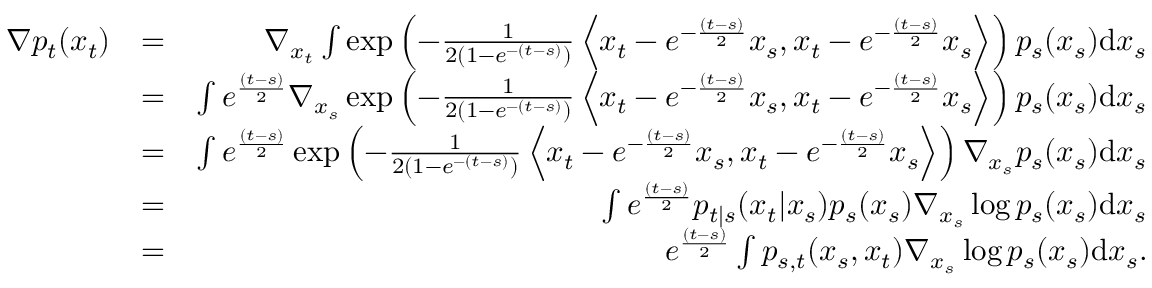
\begin{array} { r l r } { \nabla p _ { t } ( x _ { t } ) } & { = } & { \nabla _ { x _ { t } } \int \exp \left( - \frac { 1 } { 2 ( 1 - e ^ { - ( t - s ) } ) } \left\langle x _ { t } - e ^ { - \frac { ( t - s ) } { 2 } } x _ { s } , x _ { t } - e ^ { - \frac { ( t - s ) } { 2 } } x _ { s } \right\rangle \right) p _ { s } ( x _ { s } ) \mathrm { d } x _ { s } } \\ & { = } & { \int e ^ { \frac { ( t - s ) } { 2 } } \nabla _ { x _ { s } } \exp \left( - \frac { 1 } { 2 ( 1 - e ^ { - ( t - s ) } ) } \left\langle x _ { t } - e ^ { - \frac { ( t - s ) } { 2 } } x _ { s } , x _ { t } - e ^ { - \frac { ( t - s ) } { 2 } } x _ { s } \right\rangle \right) p _ { s } ( x _ { s } ) \mathrm { d } x _ { s } } \\ & { = } & { \int e ^ { \frac { ( t - s ) } { 2 } } \exp \left( - \frac { 1 } { 2 ( 1 - e ^ { - ( t - s ) } ) } \left\langle x _ { t } - e ^ { - \frac { ( t - s ) } { 2 } } x _ { s } , x _ { t } - e ^ { - \frac { ( t - s ) } { 2 } } x _ { s } \right\rangle \right) \nabla _ { x _ { s } } p _ { s } ( x _ { s } ) \mathrm { d } x _ { s } } \\ & { = } & { \int e ^ { \frac { ( t - s ) } { 2 } } p _ { t | s } ( x _ { t } | x _ { s } ) p _ { s } ( x _ { s } ) \nabla _ { x _ { s } } \log p _ { s } ( x _ { s } ) \mathrm { d } x _ { s } } \\ & { = } & { e ^ { \frac { ( t - s ) } { 2 } } \int p _ { s , t } ( x _ { s } , x _ { t } ) \nabla _ { x _ { s } } \log p _ { s } ( x _ { s } ) \mathrm { d } x _ { s } . } \end{array}